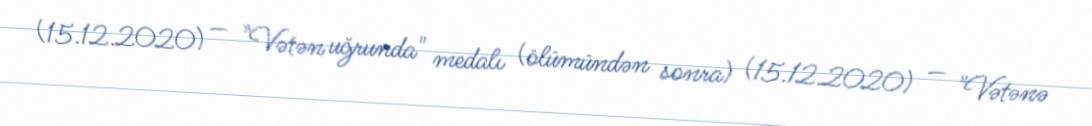
(15.12.2020) — "Vətən uğrunda" medalı (ölümündən sonra) (15.12.2020) — "Vətənə